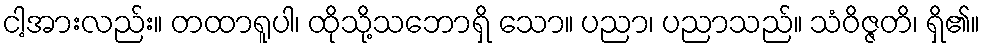
ငါ့အားလည်း။ တထာရူပါ၊ ထိုသို့သဘောရှိ သော။ ပညာ၊ ပညာသည်။ သံဝိဇ္ဇတိ၊ ရှိ၏။